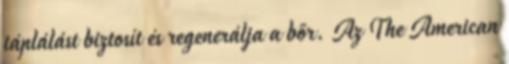
táplálást biztosít és regenerálja a bőr. Az The American